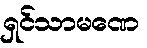
ရှင်သာမဏေ